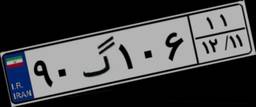
۹۰گ۱۰۶۱۱